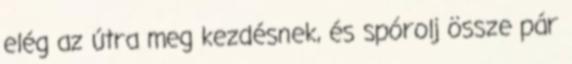
elég az útra meg kezdésnek, és spórolj össze pár